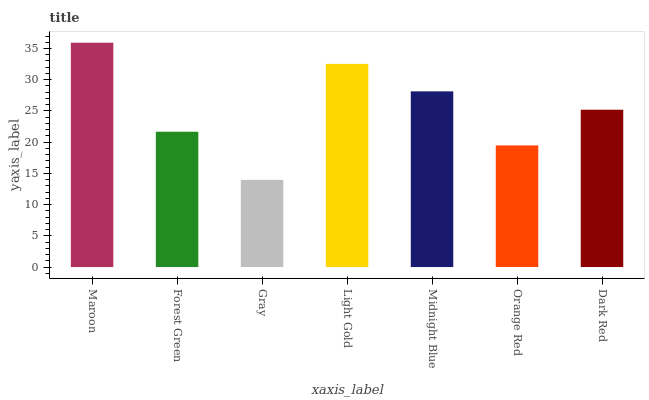
| xaxis_label | bars |
 | --- | --- |
 | Maroon | 35.9 |
 | Forest Green | 21.7 |
 | Gray | 14 |
 | Light Gold | 32.5 |
 | Midnight Blue | 28.1 |
 | Orange Red | 19.5 |
 | Dark Red | 25.2 |